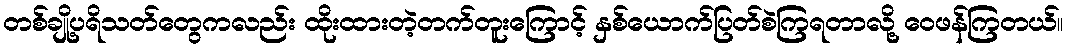
တစ်ချို့ပရိသတ်တွေကလည်း ထိုးထားတဲ့တက်တူးကြောင့် နှစ်ယောက်ပြတ်စဲကြရတာလို့ ဝေဖန်ကြတယ်။